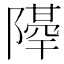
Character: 𨼣